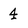
Character: 4